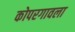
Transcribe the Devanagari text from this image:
कोपरगावला